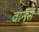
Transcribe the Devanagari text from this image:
वार्नेस